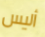
أليس